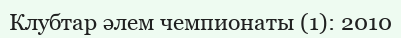
Клубтар әлем чемпионаты (1): 2010